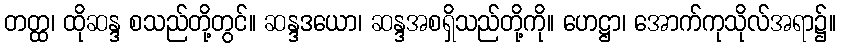
တတ္ထ၊ ထိုဆန္ဒ စသည်တို့တွင်။ ဆန္ဒဒယော၊ ဆန္ဒအစရှိသည်တို့ကို။ ဟေဋ္ဌာ၊ အောက်ကုသိုလ်အရာ၌။